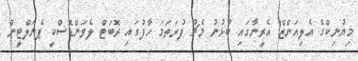
މިޔުނިކްގެ އެލިއަންޒް އެރީނާގައި ކުޅުނު މެޗު ފުރަތަމަ ހާފުގައި ރޮބަޓް ލެވަންޑޮސްކީ ޕެނަލްޓީން